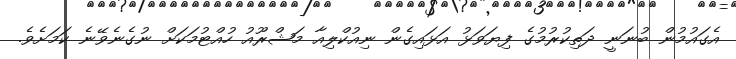
އެގައުމުން ބުނަނީ ދަތިކުރުމުގެ ފިޔަވަޅު އަޅައިގެން ނިއުކްލިއާ މަޝްރޫއު ހުއްޓުމަކަށް ނުގެނެވޭނެ ކަމަށެވެ.